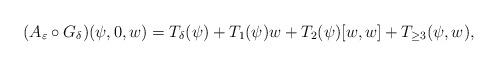
LaTeX: \begin{align*}(A_{\varepsilon}\circ G_{\delta})(\psi, 0, w)=T_{\delta}(\psi)+T_1(\psi) w+T_2(\psi) [w, w]+T_{\geq 3}(\psi, w),\end{align*}